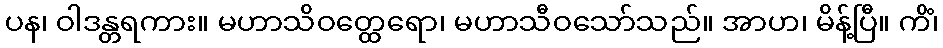
ပန၊ ဝါဒန္တရကား။ မဟာသိဝတ္ထေရော၊ မဟာသီဝသော်သည်။ အာဟ၊ မိန့်ပြီ။ ကိံ၊